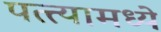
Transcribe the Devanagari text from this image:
पत्त्यामध्ये